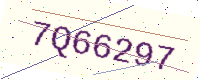
Text: 7Q66297